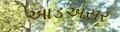
આડઅસર